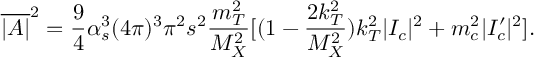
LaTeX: \overline { { { | { \cal A } | } } } ^ { 2 } = \frac { 9 } { 4 } \alpha _ { s } ^ { 3 } ( 4 \pi ) ^ { 3 } \pi ^ { 2 } s ^ { 2 } \frac { m _ { T } ^ { 2 } } { M _ { X } ^ { 2 } } [ ( 1 - \frac { 2 k _ { T } ^ { 2 } } { M _ { X } ^ { 2 } } ) k _ { T } ^ { 2 } | { \cal I } _ { c } | ^ { 2 } + m _ { c } ^ { 2 } | { \cal I } _ { c } ^ { \prime } | ^ { 2 } ] .